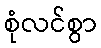
စုံလင်စွာ